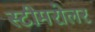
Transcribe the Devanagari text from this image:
स्टीमरोलर